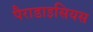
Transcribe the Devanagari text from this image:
पैराडाइसियस